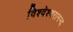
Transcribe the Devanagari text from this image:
विश्वेश्वरानन्द